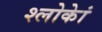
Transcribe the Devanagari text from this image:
श्लोकेां